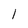
Character: 1